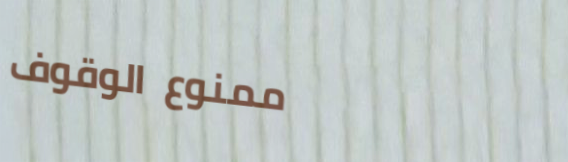
ممنوع الوقوف